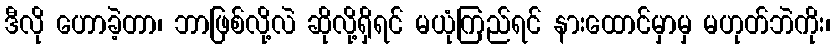
ဒီလို ဟောခဲ့တာ၊ ဘာဖြစ်လို့လဲ ဆိုလို့ရှိရင် မယုံကြည်ရင် နားထောင်မှာမှ မဟုတ်ဘဲကိုး၊